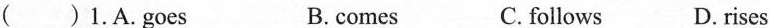
()1.A.Goes B.comes C. follows D. rises